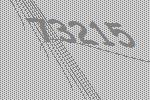
73215